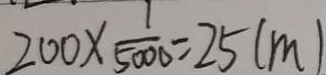
2 0 0 \times \frac { 1 } { 5 0 0 0 } = 2 5 ( m )